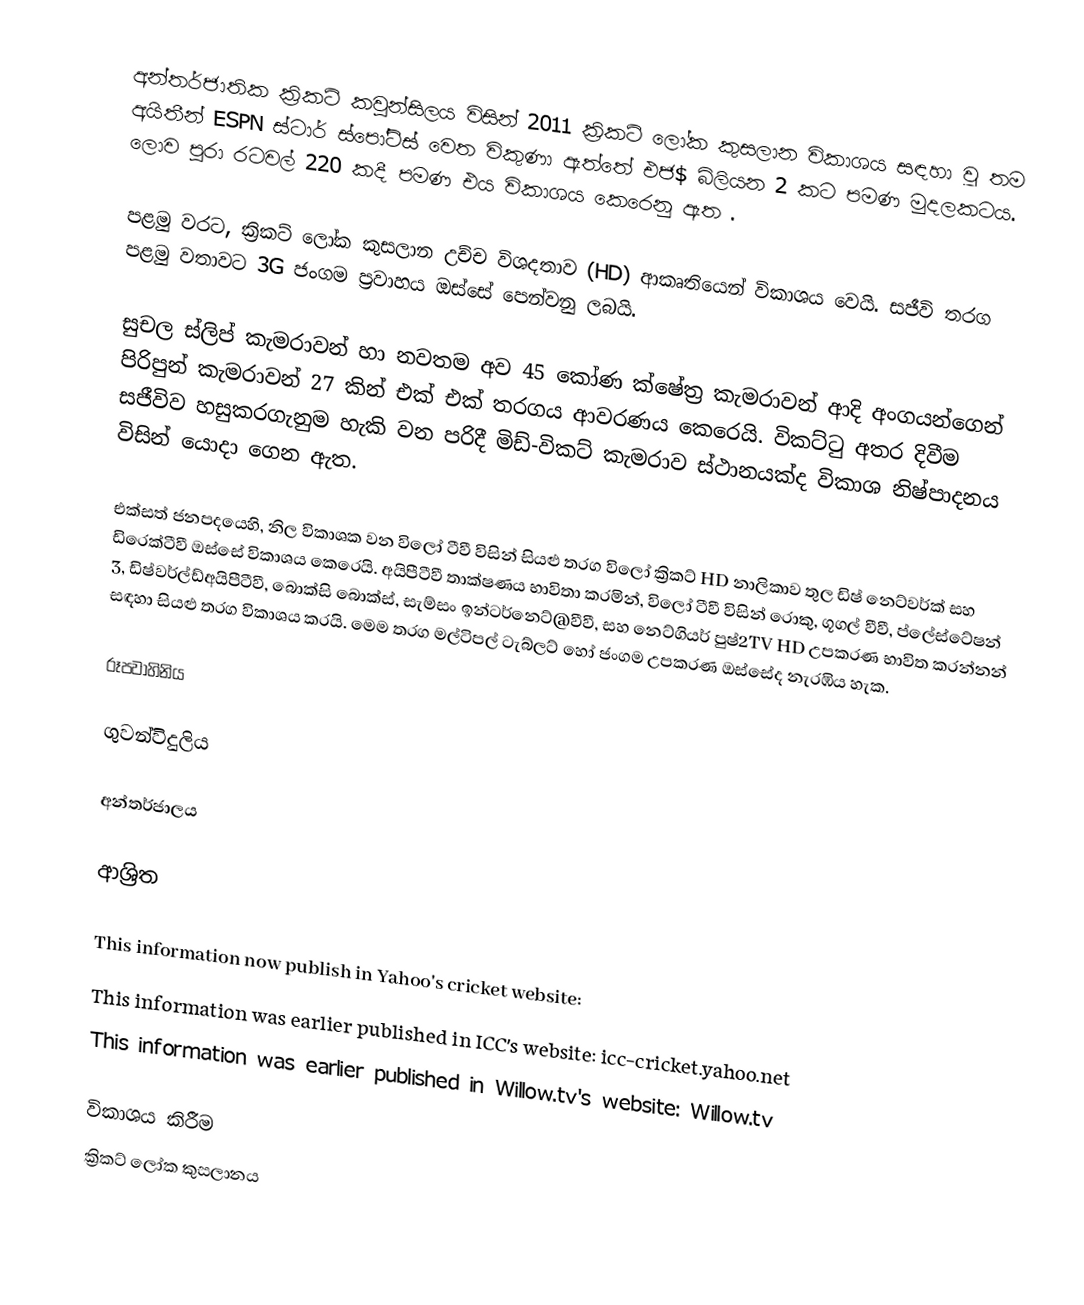
අන්තර්ජාතික ක්‍රිකට් කවුන්සිලය විසින් 2011 ක්‍රිකට් ලෝක කුසලාන විකාශය සඳහා වූ තම  අයිතීන් ESPN ස්ටාර් ස්පෝට්ස් වෙත විකුණා ඇත්තේ එජ$ බිලියන 2 කට පමණ මුදලකටය. ලොව පුරා රටවල් 220 කදී පමණ එය විකාශය කෙරෙනු ඇත .

පළමු වරට, ක්‍රිකට් ලෝක කුසලාන උච්ච විශදතාව (HD) ආකෘතියෙන් විකාශය වෙයි. සජීවි තරග පළමු වතාවට 3G ජංගම ප්‍රවාහය ඔස්සේ පෙන්වනු ලබයි.

සුචල ස්ලිප් කැමරාවන් හ‍ා නවතම අව 45 කෝණ ක්ෂේත්‍ර කැමරාවන් ආදි අංගයන්ගෙන් පිරිපුන් කැමරාවන් 27 කින් එක් එක් තරගය ආවරණය කෙරෙයි. විකට්ටු අතර දිවීම සජීවිව හසුකරගැනුම හැකි වන පරිදී මිඩ්-විකට් කැමරාව ස්ථානයක්ද විකාශ නිෂ්පාදනය විසින් යොදා ගෙන ඇත.

එක්සත් ජනපදයෙහි, නිල විකාශක වන විලෝ ටීවී විසින් සියළු තරග විලෝ ක්‍රිකට් HD නාලිකාව තුල ඩිෂ් නෙට්වර්ක් සහ ඩිරෙක්ටීවී ඔස්සේ විකාශය  කෙරෙයි. අයිපීටීවී තාක්ෂණය භාවිතා කරමින්, විලෝ ටීවී විසින් රොකු, ගූගල් වීවී, ප්ලේස්ටේෂන් 3, ඩිෂ්වර්ල්ඩ්අයිපීටීවී, බොක්සි බොක්ස්, සැම්සං ඉන්ටර්නෙට්@වීවී, සහ නෙට්ගියර් පුෂ්2TV HD උපකරණ භාවිත කරන්නන් සඳහා සියළු තරග විකාශය කරයි. මෙම තරග මල්ටිපල් ටැබ්ලට් හෝ ජංගම උපකරණ ඔස්සේද නැරඹිය හැක.

රූපවාහිනිය

ගුවන්විදුලිය

අන්තර්ජාලය

ආශ්‍රිත

This information now publish in Yahoo's cricket website:
This information was earlier published in ICC's website: icc-cricket.yahoo.net
This information was earlier published in Willow.tv's website: Willow.tv

විකාශය කිරීම
ක්‍රිකට් ලෝක කුසලානය